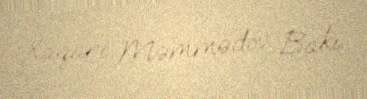
Xaqani Məmmədov Bakı.